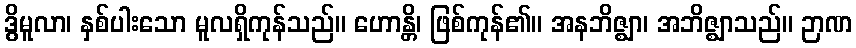
ဒွိမူလာ၊ နှစ်ပါးသော မူလရှိကုန်သည်။ ဟောန္တိ၊ ဖြစ်ကုန်၏။ အနဘိဇ္ဈာ၊ အဘိဇ္ဈာသည်။ ဉာဏ